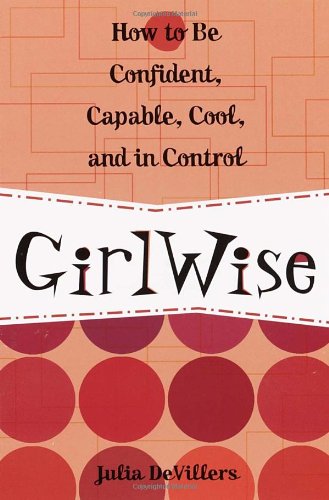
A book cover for GirlWise: How to Be Confident, Capable, Cool, and in Control; Julia DeVillers; Teen & Young Adult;